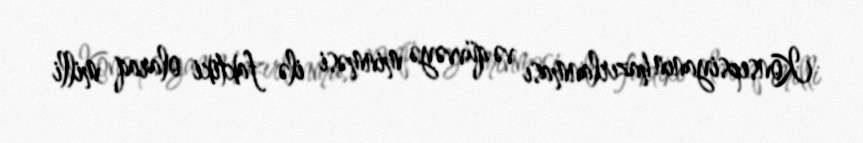
Konsepsiyanın hazırlanması və qüvvəyə minməsi ilə faktiki olaraq milli